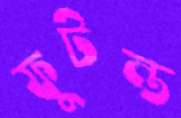
ফুটন্ত